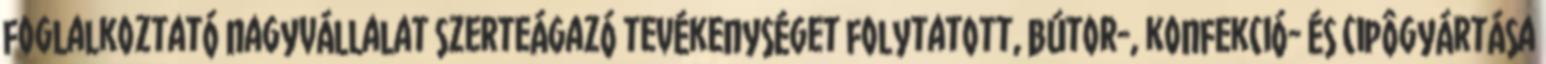
foglalkoztató nagyvállalat szerteágazó tevékenységet folytatott, bútor-, konfekció- és cipôgyártása